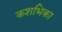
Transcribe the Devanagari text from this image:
कशभिका